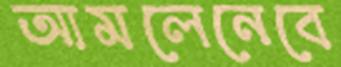
আমলেনেবে